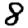
Digit: 8